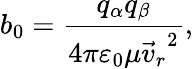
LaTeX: {{b}_{0}}=\frac{{{q}_{\alpha}}{{q}_{\beta}}}{4\pi{{\varepsilon}_{0}}\mu{{\vec{v}_{r}}^{2}}},